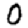
Digit: 0